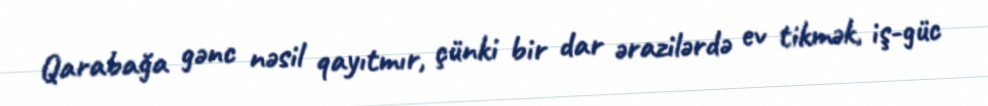
Qarabağa gənc nəsil qayıtmır, çünki bir dar ərazilərdə ev tikmək, iş-güc